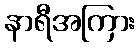
နာရီအကြား